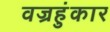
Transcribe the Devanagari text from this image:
वज्रहुंकार